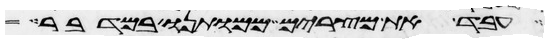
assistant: עבד את מצרים ממותנו במדבר